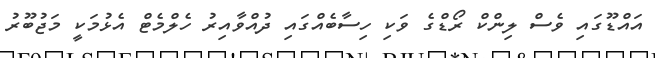
އައްޑޫގައި ވެސް ލިންކް ރޯޑްގެ ވަކި ހިސާބެއްގައި ދުއްވާއިރު ހެލްމެޓް އެޅުމަކީ މަޖުބޫރު